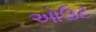
ઓઉટ